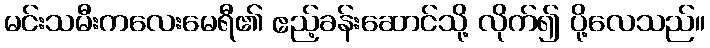
မင်းသမီးကလေးမေရီ၏ ဧည့်ခန်းဆောင်သို့ လိုက်၍ ပို့လေသည်။